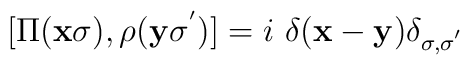
[\Pi({\bf{x}}\sigma), \rho({\bf{y}}\sigma^{'})] = i\mbox{ }\delta({\bf{x}} - {\bf{y}})\delta_{\sigma, \sigma^{'}}